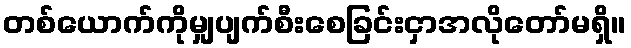
တစ်ယောက်ကိုမျှပျက်စီးစေခြင်းငှာအလိုတော်မရှိ။